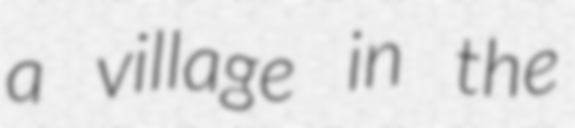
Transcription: a village in the